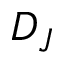
D _ { J }